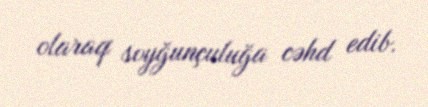
olaraq soyğunçuluğa cəhd edib.